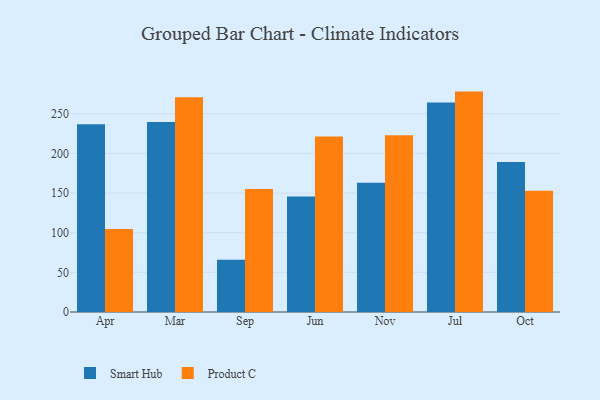
{"axis": {"x": "Month", "y": "Humidity (%)"}, "legend": ["Product C", "Smart Hub"], "data": [{"x": "Apr", "y": 236.8, "type": "Smart Hub"}, {"x": "Apr", "y": 104.6, "type": "Product C"}, {"x": "Mar", "y": 239.5, "type": "Smart Hub"}, {"x": "Mar", "y": 270.7, "type": "Product C"}, {"x": "Sep", "y": 65.8, "type": "Smart Hub"}, {"x": "Sep", "y": 155.2, "type": "Product C"}, {"x": "Jun", "y": 145.5, "type": "Smart Hub"}, {"x": "Jun", "y": 221.4, "type": "Product C"}, {"x": "Nov", "y": 163.0, "type": "Smart Hub"}, {"x": "Nov", "y": 223.0, "type": "Product C"}, {"x": "Jul", "y": 264.1, "type": "Smart Hub"}, {"x": "Jul", "y": 277.9, "type": "Product C"}, {"x": "Oct", "y": 189.0, "type": "Smart Hub"}, {"x": "Oct", "y": 152.8, "type": "Product C"}]}